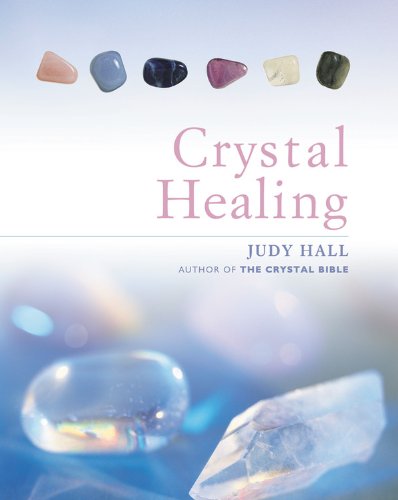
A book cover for Crystal Healing; Judy Hall; Health, Fitness & Dieting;